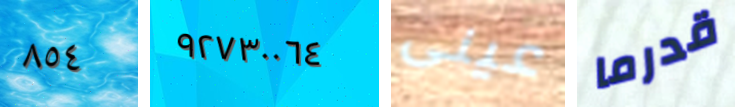
٨٥٤ ٩٢٧٣٠٠٦٤ عينى قدرما